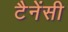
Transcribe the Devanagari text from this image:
टैनेंसी